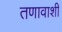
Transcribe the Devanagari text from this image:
तणावाशी